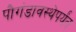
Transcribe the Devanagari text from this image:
पौगंडावस्थेपर्यंत